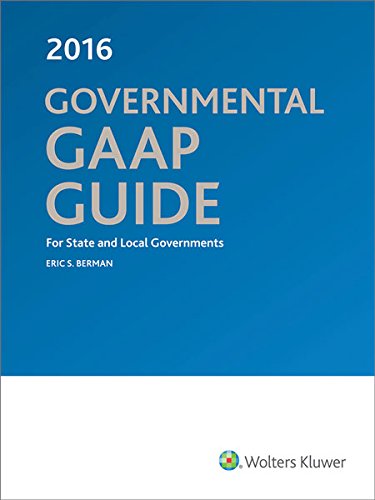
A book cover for Governmental GAAP Guide, 2016; CPA Eric S. Berman; Business & Money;